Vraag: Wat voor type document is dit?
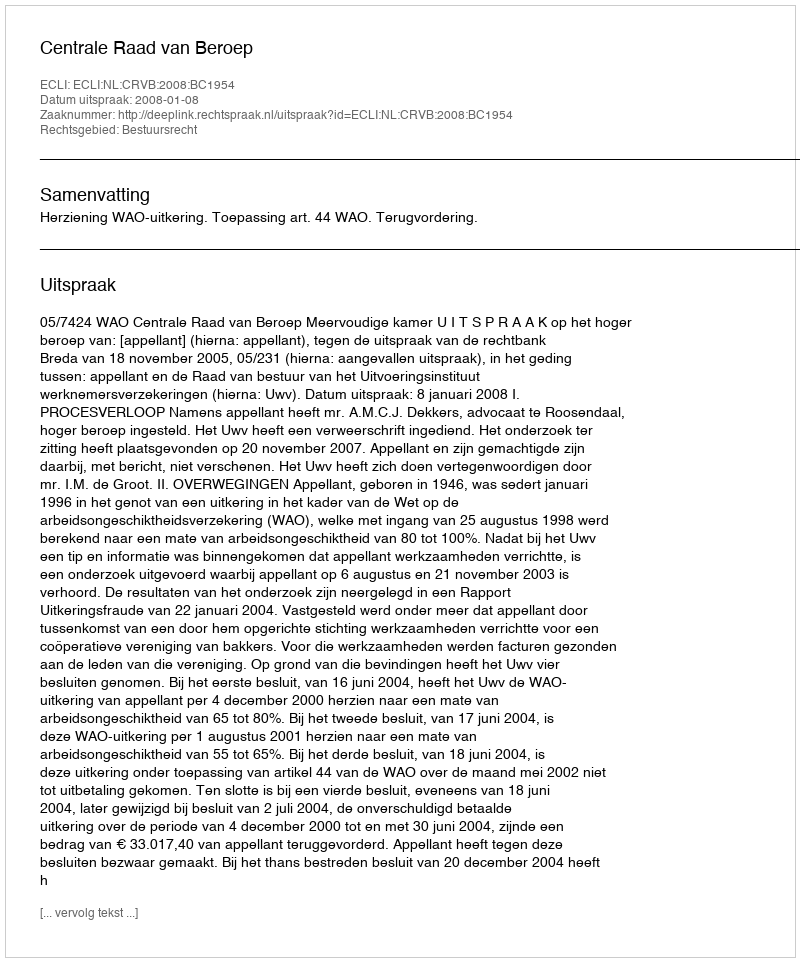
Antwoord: Uitspraak